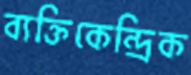
ব্যক্তিকেন্দ্রিক